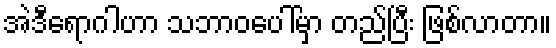
အဲဒီရောဂါဟာ သဘာဝပေါ်မှာ တည်ပြီး ဖြစ်လာတာ။